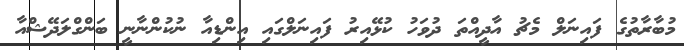
މުބާރާތުގެ ފައިނަލް މެޗު އާދީއްތަ ދުވަހު ކުޅޭއިރު ފައިނަލްގައި އިންޑިއާ ނުކުންނާނީ ބަންގްލަދޭޝްއާ